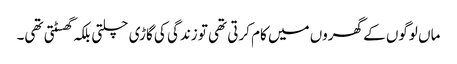
ماں لوگوں کے گھروں میں کام کرتی تھی تو زندگی کی گاڑی چلتی بلکہ گھسٹتی تھی۔